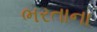
ભરતાના